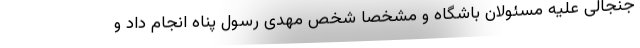
جنجالی علیه مسئولان باشگاه و مشخصاً شخص مهدی رسول پناه انجام داد و